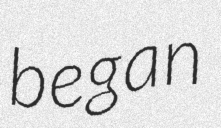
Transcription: began